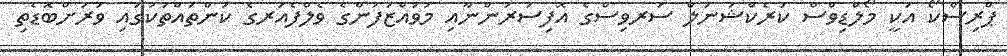
ޕްރިސްކޯ އަކީ މޯލްޑިވްސް ކަރެކްޝަނަލް ސަރވިސްގެ އޮފިސަރުންނާއި މުވައްޒަފުންގެ ވެލްފެއަރގެ ކަންތައްތަކުގައި ވަރަށްބޮޑެތި